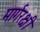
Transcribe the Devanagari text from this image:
मार्गरक्षी